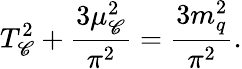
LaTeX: T_{\mathscr{C}}^{2}+\frac{{3\mu_{\mathscr{C}}^{2}}}{{\pi^{2}}}=\frac{{3m_{q}^{2}}}{{\pi^{2}}}.